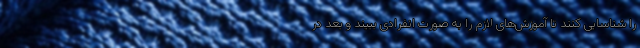
را شناسایی کنند تا آموزش‌های لازم را به صورت انفرادی ببیند و بعد در